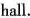
hall.